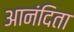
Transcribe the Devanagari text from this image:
आनंदिता